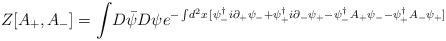
LaTeX: \begin{align*} Z[A_{+},A_{-} ] = \int \! D \bar{\psi} D \psi e^{-\int \! d^2 x\,[ \psi_{-}^{\dag} i \partial_{+} \psi_{-} + \psi_{+}^{\dag} i \partial_{-} \psi_{+} -\psi_{-}^{\dag} A_{+} \psi_{-} - \psi_{+}^{\dag} A_{-} \psi_{+} ] }\end{align*}